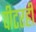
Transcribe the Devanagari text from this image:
पीटरही